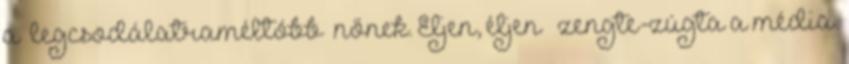
a „legcsodálatraméltóbb” nőnek. Éljen, éljen – zengte-zúgta a média.